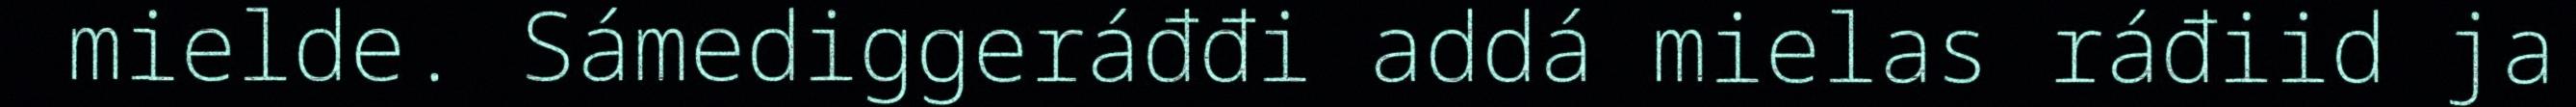
mielde. Sámediggeráđđi addá mielas ráđiid ja